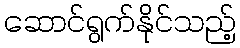
ဆောင်ရွက်နိုင်သည့်